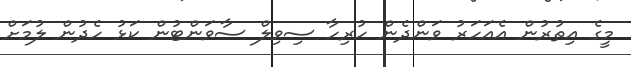
މީގެ އިތުރުން އެއަހަރު ވަންދެން ހުރިހާ ސިވިލް ސާވަންޓުން ކަޅު ހެދުން ލުމަށް